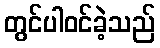
တွင်ပါဝင်ခဲ့သည်